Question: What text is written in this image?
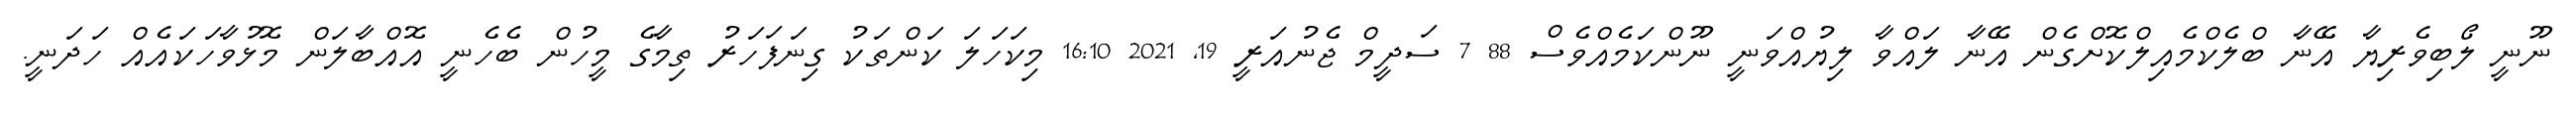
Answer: ނޫނީ ލޯބިވެރިޔާ އޭނާ ބްލެކްމެއިލްކޮށްގެން އޭނާ ލައްވާ ލިޔުއްވަނީ ނޫންކަމެއްވެސް 88 7 ސަދީމް ޖެނުއަރީ 19, 2021 16:10 މިކަހަލަ ކަންތަކު ގިނަފަހަރު ތިމާގެ މީހުން ބެހެނީ އޮއްބާލަން މޮޅުވާހަކައެއް ހަދަނީ.